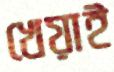
খেয়াই